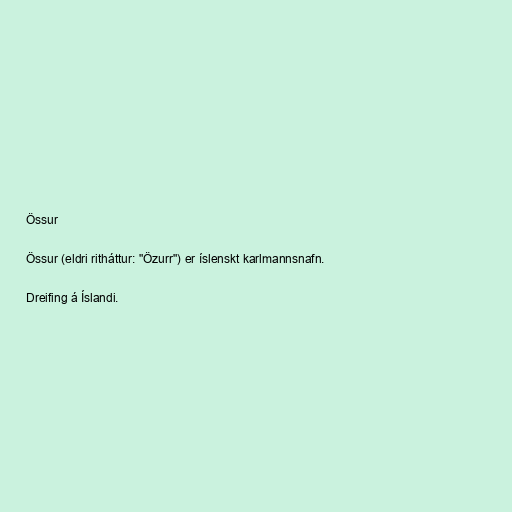
Össur

Össur (eldri ritháttur: "Özurr") er íslenskt karlmannsnafn.

Dreifing á Íslandi.